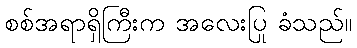
စစ်အရာရှိကြီးက အလေးပြု ခံသည်။